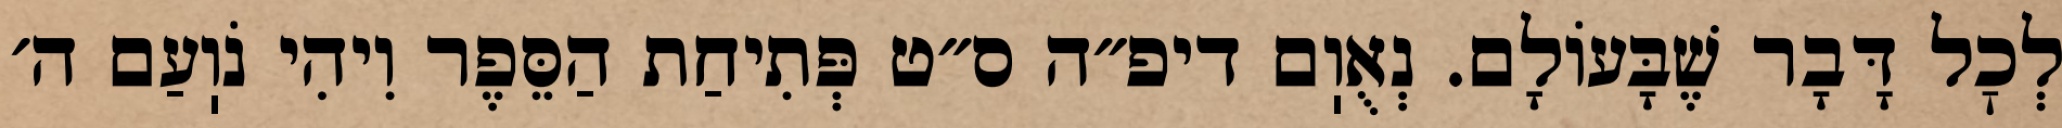
לְכׇל דָּבָר שֶׁבָּעוֹלָם. נְאֻוֽם דיפ״ה ס״ט פְּתִיחַת הַסֵּפֶר וִיהִי נֹוֽעַם ה׳